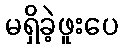
မရှိခဲ့ဖူးပေ